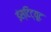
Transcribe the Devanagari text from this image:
इंस्टिट्यूट